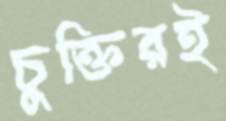
চুক্তিরই